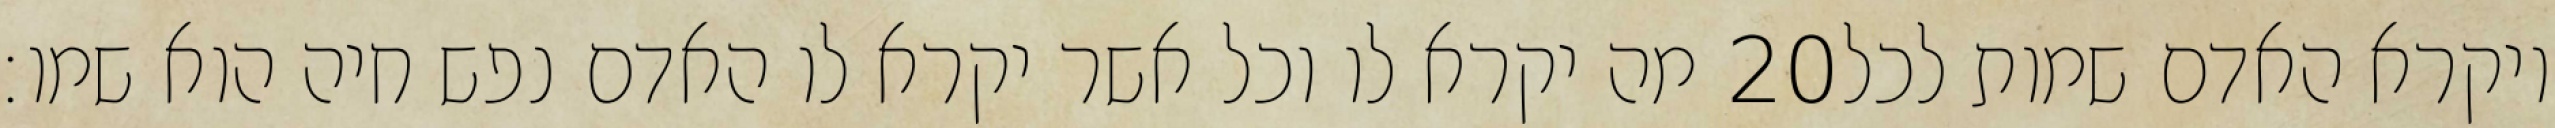
מה יקרא לו וכל אשר יקרא לו האדם נפש חיה הוא שמו׃ ‎20‏ ויקרא האדם שמות לכל